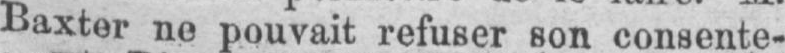
Baxter ne pouvait refuser son consente-